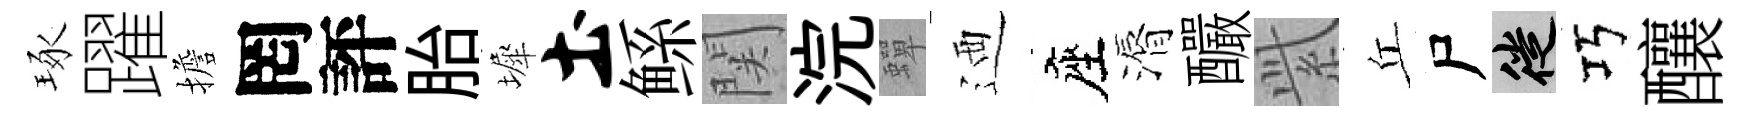
琢躍擔罔評胎墀土鲧関浣蟬迺座漘釅𬗋丘尸徙巧釀